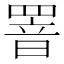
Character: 罯